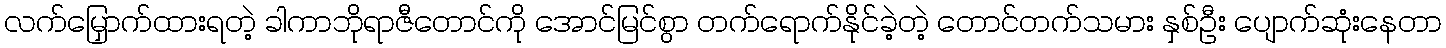
လက်မြှောက်ထားရတဲ့ ခါကာဘိုရာဇီတောင်ကို အောင်မြင်စွာ တက်ရောက်နိုင်ခဲ့တဲ့ တောင်တက်သမား နှစ်ဦး ပျောက်ဆုံးနေတာ